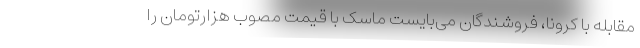
مقابله با کرونا، فروشندگان می‌بایست ماسک با قیمت مصوب هزارتومان را